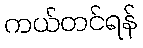
ကယ်တင်ရန်